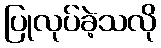
ပြုလုပ်ခဲ့သလို